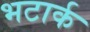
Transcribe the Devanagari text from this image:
भटार्क